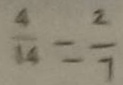
\frac { 4 } { 1 4 } = \frac { 2 } { 7 }